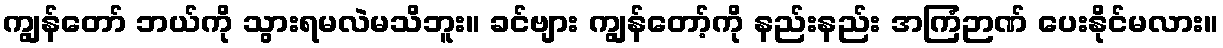
ကျွန်တော် ဘယ်ကို သွားရမလဲမသိဘူး။ ခင်ဗျား ကျွန်တော့်ကို နည်းနည်း အကြံဉာဏ် ပေးနိုင်မလား။